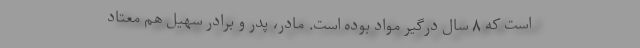
است که ۸ سال درگیر مواد بوده است. مادر، پدر و برادر سهیل هم معتاد